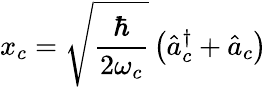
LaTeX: x_{c}=\sqrt{\frac{\hbar}{2\omega_{c}}}\left(\hat{a}_{c}^{\dagger}+\hat{a}_{c}\right)